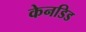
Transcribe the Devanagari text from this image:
केनडिड